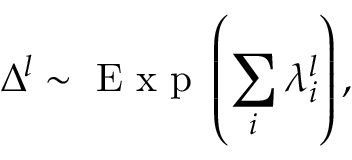
\Delta ^ { l } \sim \mathrm { ~ E ~ x ~ p ~ } \left( \sum _ { i } \lambda _ { i } ^ { l } \right) ,